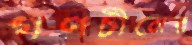
গণচীনের